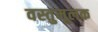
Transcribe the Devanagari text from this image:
वस्तुमूलक